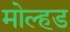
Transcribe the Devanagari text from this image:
मोल्हड